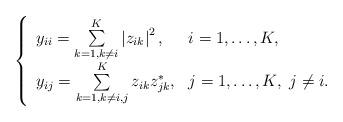
LaTeX: \begin{align*}\left\lbrace\begin{array}{ll}y_{ii} = \sum\limits_{k = 1,k \neq i}^K \left| z_{ik} \right|^2, & i = 1, \ldots, K, \\y_{ij} = \sum\limits_{k = 1,k \neq i,j}^K z_{ik} z_{jk}^*, & j = 1, \ldots, K, \,\, j \neq i.\end{array}\right.\end{align*}